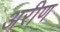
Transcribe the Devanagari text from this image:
अरीण